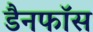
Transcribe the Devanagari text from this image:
डैनफॉस